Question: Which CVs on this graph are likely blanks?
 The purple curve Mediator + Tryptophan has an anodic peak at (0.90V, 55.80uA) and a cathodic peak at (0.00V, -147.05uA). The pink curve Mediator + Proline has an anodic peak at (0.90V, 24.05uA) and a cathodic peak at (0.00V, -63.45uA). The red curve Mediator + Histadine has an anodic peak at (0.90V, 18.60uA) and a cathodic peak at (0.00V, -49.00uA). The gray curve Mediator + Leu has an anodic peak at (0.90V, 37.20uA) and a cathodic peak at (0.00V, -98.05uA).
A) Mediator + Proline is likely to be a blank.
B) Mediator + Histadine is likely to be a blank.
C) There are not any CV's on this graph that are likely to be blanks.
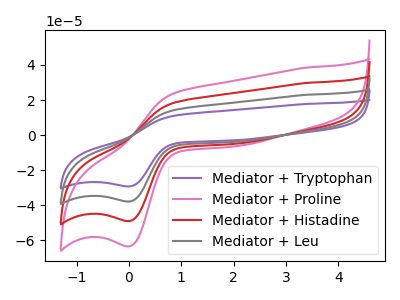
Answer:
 <answer>C) There are not any CV's on this graph that are likely to be blanks.</answer>
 <eval>C</eval>